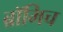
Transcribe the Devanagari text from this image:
ब्रॉमिच